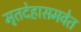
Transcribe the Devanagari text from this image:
मृतदेहासमवेत